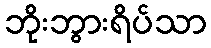
ဘိုးဘွားရိပ်သာ